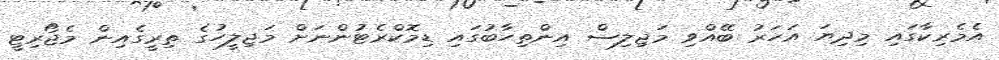
އެމެރިކާގައި މިދިޔަ އަހަރު ބޭއްވި މަޖިލިސް އިންތިހާބުގައި ޑިމޮކްރެޓުންނަށް މަޖިލީހުގެ ތިރީގެއިން މެޖޯރިޓީ